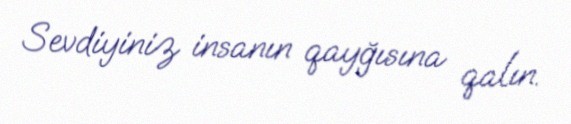
Sevdiyiniz insanın qayğısına qalın.